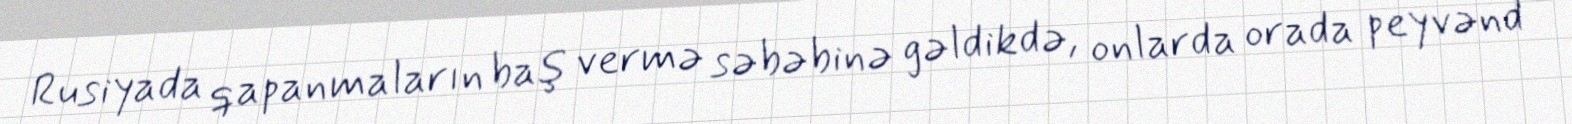
Rusiyada qapanmaların baş vermə səbəbinə gəldikdə, onlarda orada peyvənd